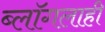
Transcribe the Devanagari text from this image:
ब्लॉगलाही